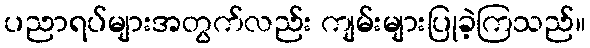
ပညာရပ်များအတွက်လည်း ကျမ်းများပြုခဲ့ကြသည်။